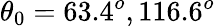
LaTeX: \theta_{0}=63.4^{o},116.6^{o}